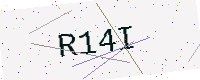
Text: R14I